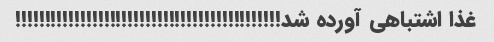
غذا اشتباهی آورده شد!!!!!!!!!!!!!!!!!!!!!!!!!!!!!!!!!!!!!!!!!!!!!